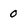
Character: 0